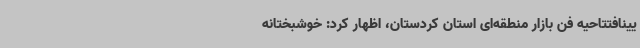
یینافتتاحیه فن بازار منطقه‌ای استان کردستان، اظهار کرد: خوشبختانه